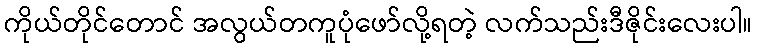
ကိုယ်တိုင်တောင် အလွယ်တကူပုံဖော်လို့ရတဲ့ လက်သည်းဒီဇိုင်းလေးပါ။